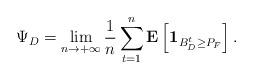
LaTeX: \begin{align*}\Psi_D = \lim_{n \to +\infty} \frac{1}{n} \sum_{t = 1}^{n} \mathbf{E} \left[ \mathbf{1}_{B_{D}^{t} \geq P_{F}} \right].\end{align*}